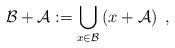
LaTeX: \begin{align*}\mathcal{B}+\mathcal{A}:={\displaystyle\bigcup\limits_{x\in\mathcal{B}}}\left( x+\mathcal{A}\right) \ ,\end{align*}